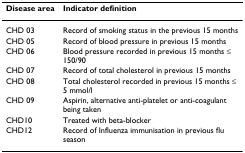
<table><thead><tr><td><b>Disease area</b></td><td><b>Indicator definition</b></td></tr></thead><tbody><tr><td>CHD 03</td><td>Record of smoking status in the previous 15 months</td></tr><tr><td>CHD 05</td><td>Record of blood pressure in previous 15 months</td></tr><tr><td>CHD 06</td><td>Blood pressure recorded in previous 15 months ≤ 150/90</td></tr><tr><td>CHD 07</td><td>Record of total cholesterol in previous 15 months</td></tr><tr><td>CHD 08</td><td>Total cholesterol recorded in previous 15 months ≤ 5 mmol/l</td></tr><tr><td>CHD 09</td><td>Aspirin, alternative anti-platelet or anti-coagulant being taken</td></tr><tr><td>CHD10</td><td>Treated with beta-blocker</td></tr><tr><td>CHD12</td><td>Record of Influenza immunisation in previous flu season</td></tr></tbody></table>